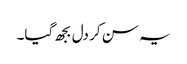
یہ سن کر دل بجھ گیا۔